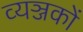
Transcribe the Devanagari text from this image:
व्यञ्जकों